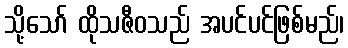
သို့သော် ထိုသဇီဝသည် အပင်ပင်ဖြစ်မည်၊